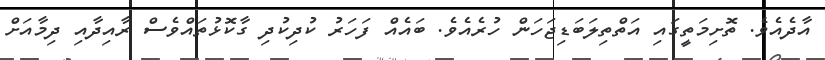
އާދެއެވެ. ތޮށިމަތީގައި އަތްތިލަބަޑިޖަހަން ހުރެއެެވެ. ބައެއް ފަހަރު ކުދިކުދި ގާކޮޅުތައްވެސް ރާއިދާއި ދިމާއަށް